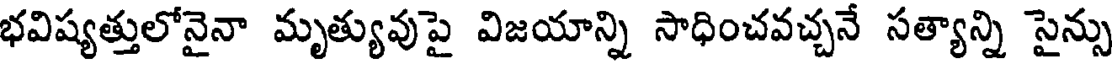
భవిష్యత్తులోనైనా మృత్యువుపై విజయాన్ని సాధించవచ్చనే సత్యాన్ని సైన్సు